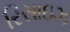
રિસાઇઝ